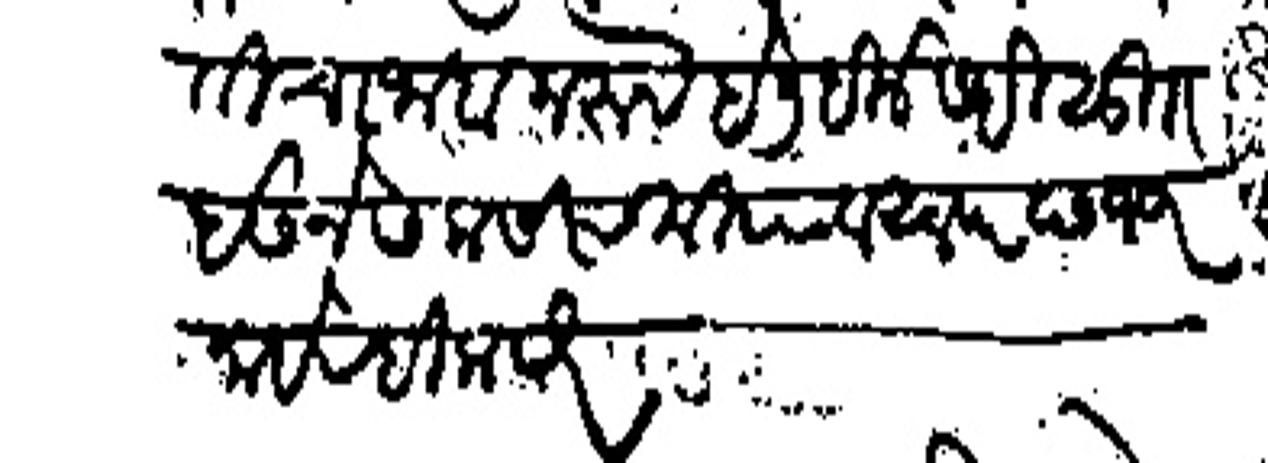
Transliteration (Devanagari): निसबतीचा जाब करु हे लिहीले सही सु इशने सलासीन मया अलफ छ११ माहे रबिलाखर